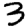
Digit: 3